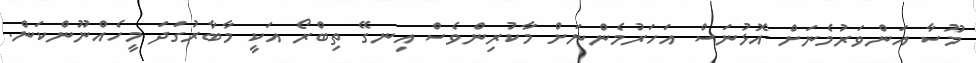
މޫސާ އަންވަރުމެނަށް އޮޅުނަސް އަހަރުމެންނަށް މާކުރިންވެސް އިނގޭ ތިބްރޯ އަކީ މާބާރުގަދަ މީހެއްނޫންކަން.